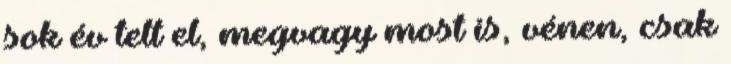
sok év telt el, megvagy most is, vénen, csak